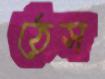
ঠেস